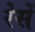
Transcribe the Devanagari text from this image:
रेसें